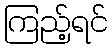
ကြည့်ရင်